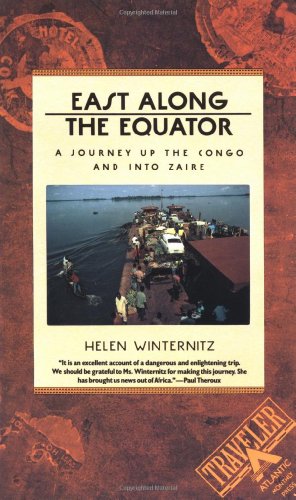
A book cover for East Along the Equator: A Journey up the Congo and into Zaire (Traveler / Atlantic Monthly Press); Helen Winternitz; Travel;